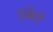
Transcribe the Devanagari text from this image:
हवेल